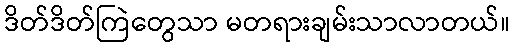
ဒိတ်ဒိတ်ကြဲတွေသာ မတရားချမ်းသာလာတယ်။